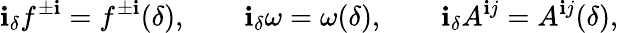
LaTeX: \mathbf{i}_{\delta}f^{\pm\mathbf{i}}=f^{\pm\mathbf{i}}(\delta),\qquad\mathbf{i}_{\delta}\omega=\omega(\delta),\qquad\mathrm{{\mathbf{i}}}_{\delta}A^{\mathbf{i}j}=A^{\mathbf{i}j}(\delta),